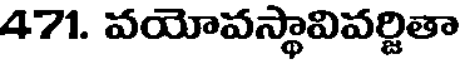
471. వయోవస్థావివర్జితా